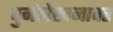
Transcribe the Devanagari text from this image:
पुर्नलेखनावर